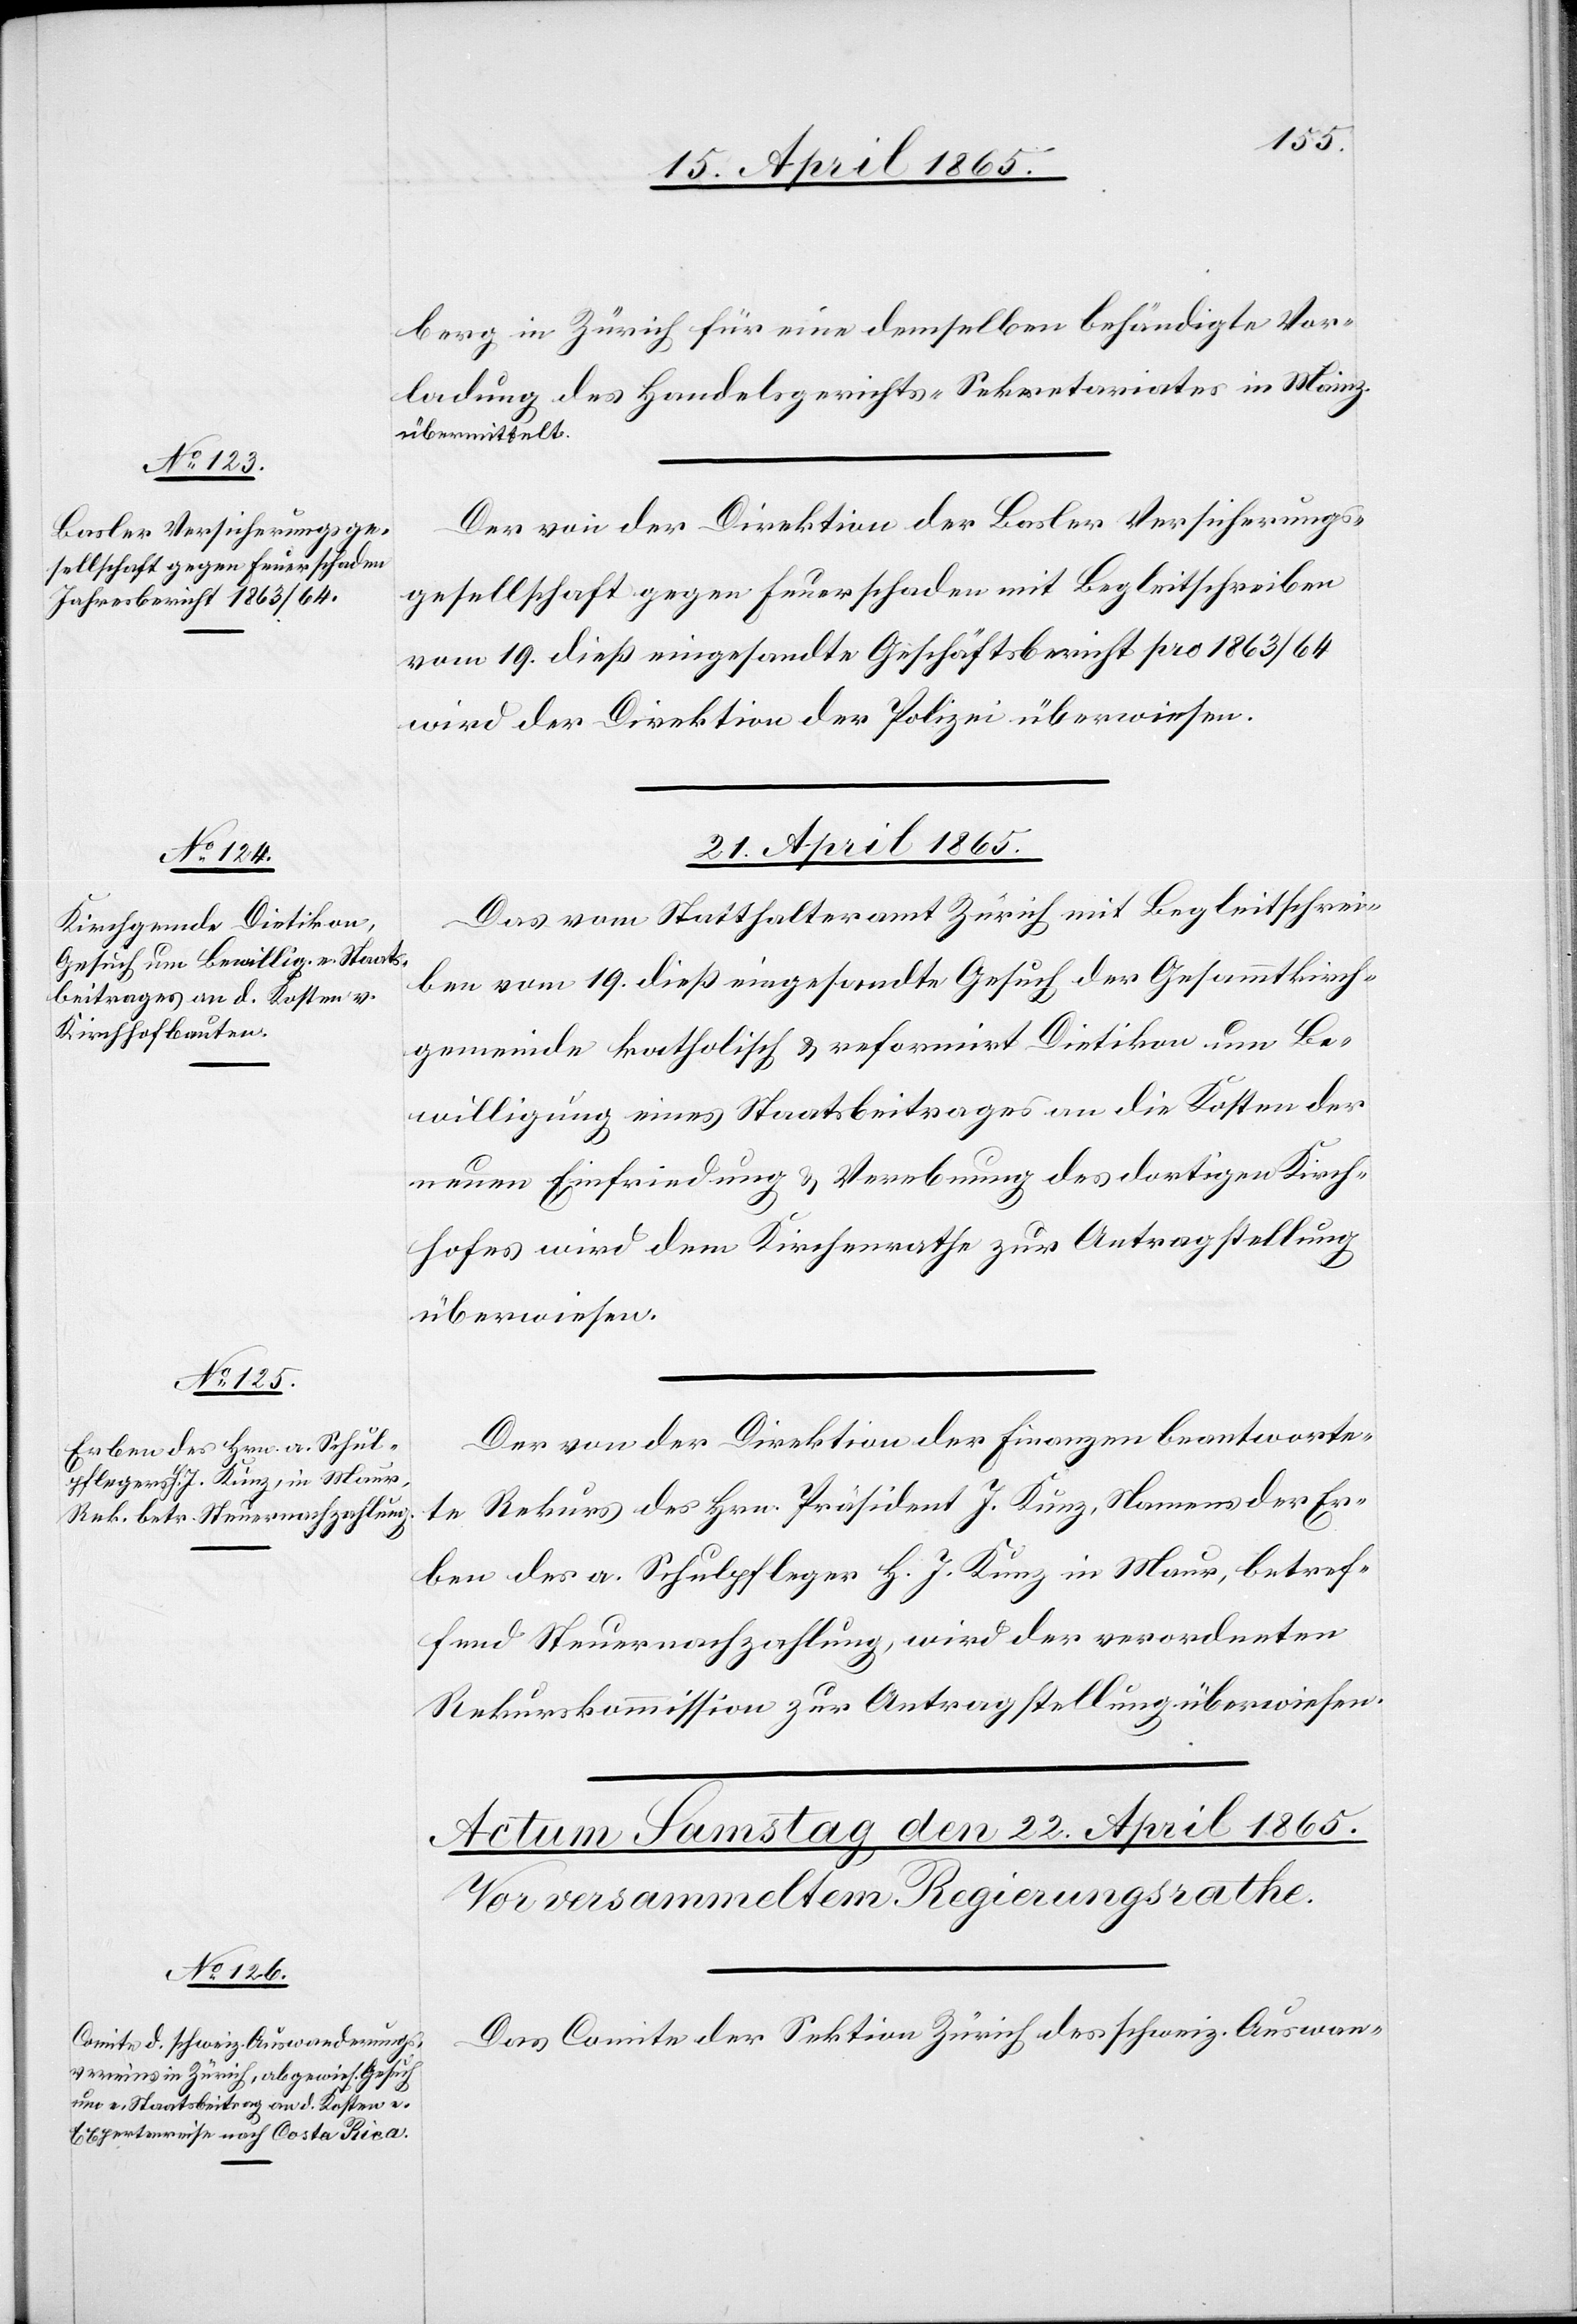
berg in Zürich für eine demselben behändigte Vor¬
ladung des Handelsgerichts-Sekretariates in Mainz
übermittelt.
Der von der Direktion der Basler Versicherungs¬
gesellschaft gegen Feuerschaden mit Begleitschreiben
vom 19. dieß eingesandte Geschäftsbericht pro 1863/64
wird der Direktion der Polizei überwiesen.
21. April 1865.]
Das vom Statthalteramt Zürich mit Begleitschrei¬
ben vom 19. dieß eingesandte Gesuch der Gesammtkirch¬
gemeinde katholisch & reformirt Dietikon um Be¬
willigung eines Staatsbeitrages an die Kosten der
neuen Einfriedung & Verebnung des dortigen Kirch¬
hofes wird dem Kirchenrathe zur Antragstellung
überwiesen.
Der von der Direktion der Finanzen beantworte¬
te Rekurs des Hrn. Präsident J. Kunz, Namens der Er¬
ben des a. Schulpfleger H. J. Kunz in Maur, betref¬
fend Steuernachzahlung, wird der verordneten
Rekurskommission zur Antragstellung überwiesen.
Das Comite der Sektion Zürich des schweiz. Auswan-